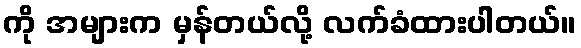
ကို အများက မှန်တယ်လို့ လက်ခံထားပါတယ်။